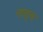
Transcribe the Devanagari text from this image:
नातुच